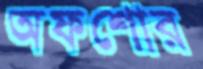
অফশোর